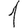
Digit: 1